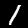
Label: 1